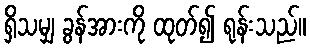
ရှိသမျှ ခွန်အားကို ထုတ်၍ ရုန်းသည်။